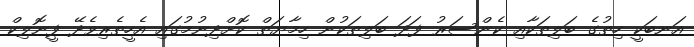
އަނބަކީ ހިތުގެ ބަލިތަކާއި ކެންސަރު ފަދަ ބަލިތަކުން ހިމާޔަތް ކޮށްދިނުމުގައި އެހީތެރިވެދޭ ފީނޮލިކް